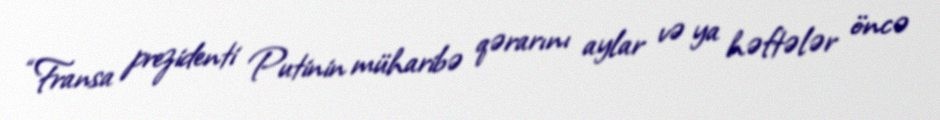
“Fransa prezidenti Putinin müharibə qərarını aylar və ya həftələr öncə